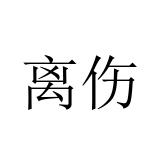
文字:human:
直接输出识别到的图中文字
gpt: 离伤